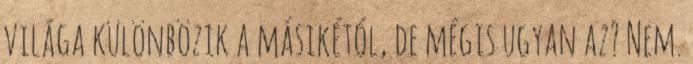
világa különbözik a másikétól, de mégis ugyan az? Nem.